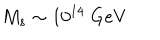
M _ { s } \sim 1 0 ^ { 1 4 } ~ \mathrm { G e V }